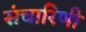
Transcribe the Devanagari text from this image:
संचारिणी